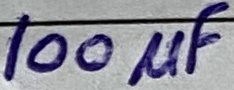
Text: 100µF